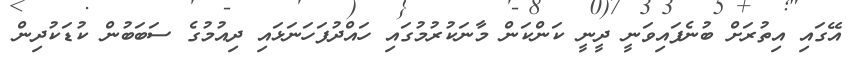
އޭގައި އިތުރަށް ބުނެފައިވަނީ ދީނީ ކަންކަން މާނަކުރުމުގައި ހައްދުފަހަނަޅައި ދިއުމުގެ ސަބަބުން ކުޑަކުދިން